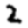
Digit: 2